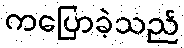
ကပြောခဲ့သည်